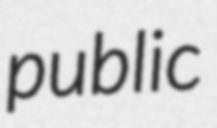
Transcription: public